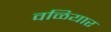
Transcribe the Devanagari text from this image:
वळियार